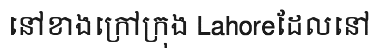
នៅខាងក្រៅក្រុង Lahoreដែលនៅ